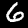
Digit: 6